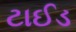
ટાઈડ